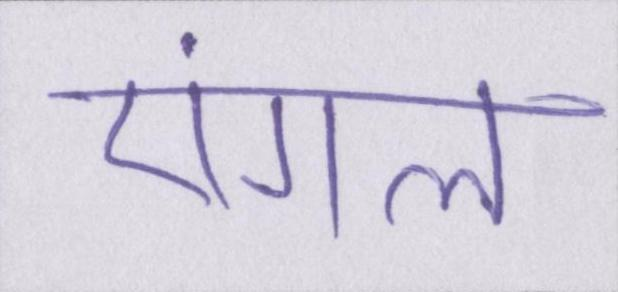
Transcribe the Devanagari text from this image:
एंगल